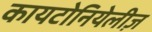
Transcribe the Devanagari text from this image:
कायटोनियेलीज़